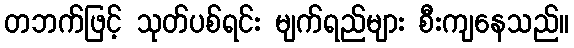
တဘက်ဖြင့် သုတ်ပစ်ရင်း မျက်ရည်များ စီးကျနေသည်။